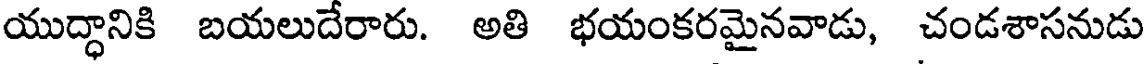
యుద్ధానికి బయలుదేరారు. అతి భయంకరమైనవాడు, చండశాసనుడు